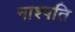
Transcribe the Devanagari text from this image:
नाश्पति